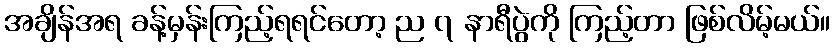
အချိန်အရ ခန့်မှန်းကြည့်ရရင်တော့ ည ၇ နာရီပွဲကို ကြည့်တာ ဖြစ်လိမ့်မယ်။